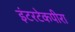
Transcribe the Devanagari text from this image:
इंटरटेकपीरा